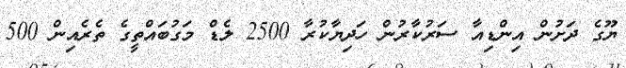
ޔޫގެ ދަށުން އިންޑިއާ ސަރުކާރުން ހަދިޔާކުރާ 2500 ލެޑް މަގުބައްތީގެ ތެރެއިން 500